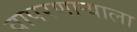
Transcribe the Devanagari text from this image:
वापरणाऱ्याला